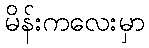
မိန်းကလေးမှာ